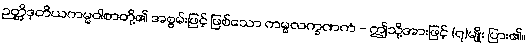
ဉတ္တိဒုတိယကမ္မဝါစာတို့၏ အစွမ်းဖြင့် ဖြစ်သော ကမ္မလက္ခဏကံ - ဤသို့အားဖြင့် (၇)မျိုး ပြား၏။